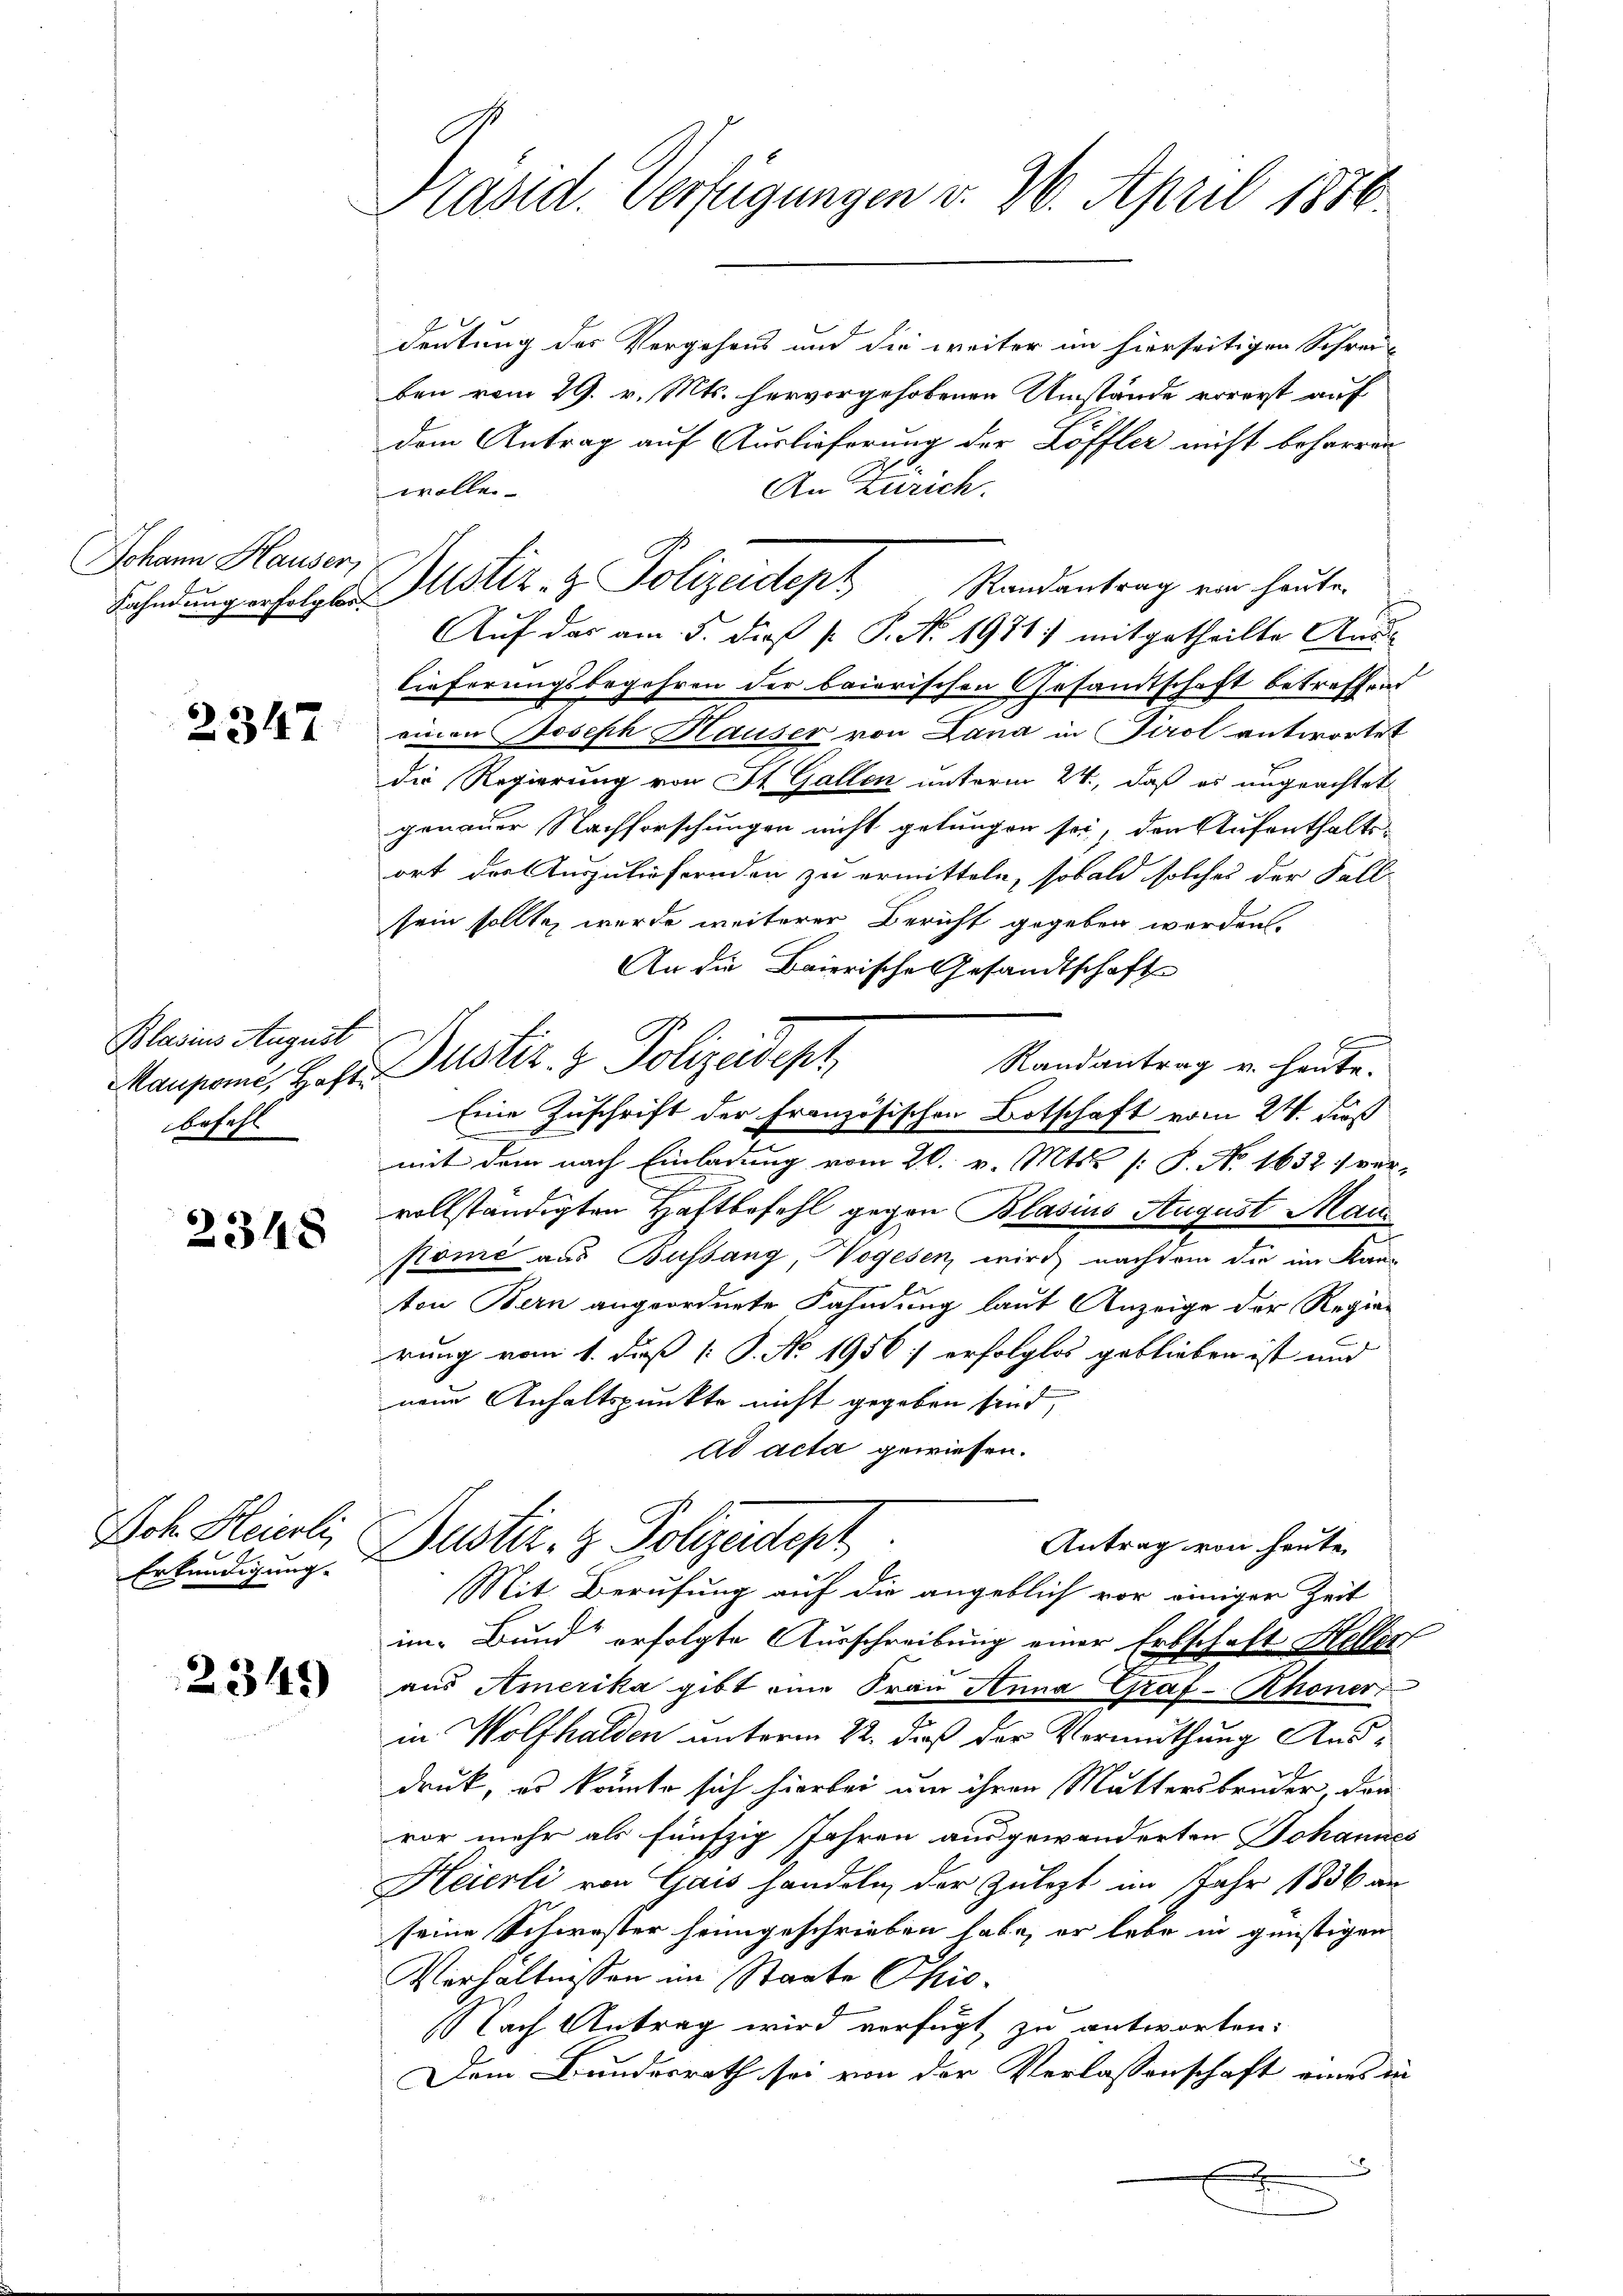
Johann Hauser,

2347

Blasius August
befehl

2348

Got. Sainte

2345

Präsid. Verfügungen v. 2. April 1816.

deutung des Vergehens und die weiter im hierseitigen Schrei-
ben vom 29. v. Mts. hervorgehobenen Umstände erregt auf
dem Antrag auf Auslieferung der Löffler nicht beharren
An Zürich.
wollen.
Auf das am 5. dieß P. Nr. 1971 mitgetheilte Auss
lieferungsbegehren der baierischen Gesandtschaft betreffend
einen Joseph Hauser von Lana in Tirol antwortet
die Regierung von St. Gallen unterm 24., daß es ungeachtet
genauer Nachforschungen nicht gelungen sei, den Aufenthalts-
ort der Auszuliefernden zu ermitteln, sobald solches der Fall
sein sollte, wurde weiterer Bericht gegeben werden.
An die Baierische Gesandtschaft
Randantrag v. heute.
Eine Zuschrift der Französischen Botschaft vom 24. Fuß
mit dem nach Einladung vom 20. v. Mts. (: S. No. 1632. ver-
vollständigten Haftbefehl gegen Blasius August Man
ktome aus Bussang, Hogesen, wird nachdem die im Kanton Bern angeordnete Fahndung laut Anzeige der Regier
rung vom 1. dieß [ P. No. 1956) erfolglos geblieben ist und
neue Anhaltspunkte nicht gegeben sind,
ad acta gewiesen.
Antrag von heute
Erkundigung Dustiz- & Polizeidteph
Mit Berufung auf die angeblich vor einiger Zeit
im Bund“ erfolgte Ausschreibung einer Erbschaft Heller
aus Amerika gibt eine Frau Anna Graf- Rhoner
in Wolfhalden unterm 22. daß der Vermuthung Ausdruck, es könnte sich hierbei um ihren Muttersbruder, den
vor mehr als fünfzig Jahren ausgewanderten Johannes
Heierli von Gais handeln, der Zulezt im Jahr 1836 an
seine Schwester heimgeschrieben habe, er lebe in günstigen
Verhältnissen im Staate Phio¬
Nach Antrag wird verfügt zu antworten:
Dem Bundesrath sei von der Verlassenschaft eines in
8
J
2
.

Mansame, Hofr Justiz- & Polizeidept,

Fahndung erfolgen Justiz- & Polizeidept. Standentrag von heuten